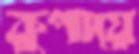
কুপায়ে